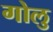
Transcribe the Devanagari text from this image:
गोलु